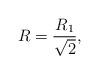
LaTeX: \begin{align*}R=\frac{R_1}{\sqrt{2}},\end{align*}